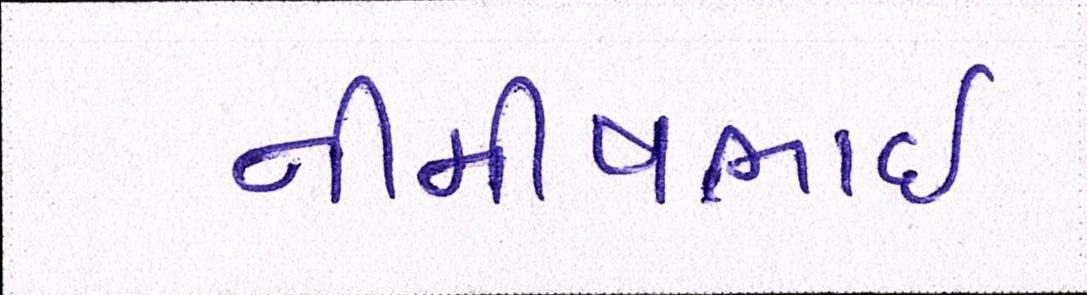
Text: નીમીષભાઈ